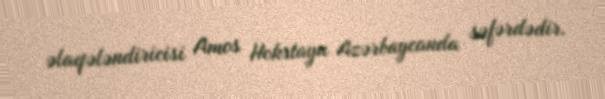
əlaqələndiricisi Amos Hokstayn Azərbaycanda səfərdədir.